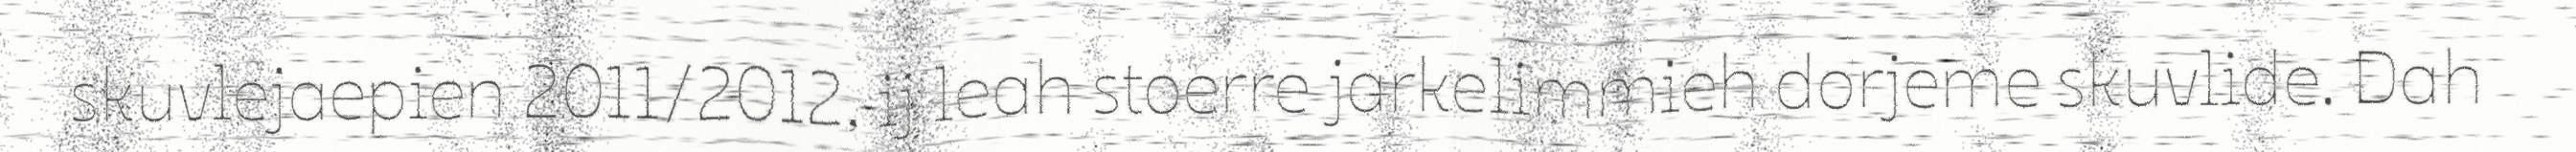
skuvlejaepien 2011/2012, ij leah stoerre jarkelimmieh dorjeme skuvlide. Dah